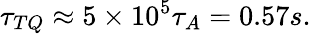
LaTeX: \tau_{TQ}\approx 5\times 10^{5}\tau_{A}=0.57s.